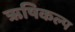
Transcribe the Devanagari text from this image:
ऋषिकल्प